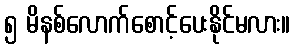
၅ မိနစ်လောက်စောင့်ပေးနိုင်မလား။